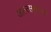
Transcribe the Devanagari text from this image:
जाल्त्सबुर्गच्या